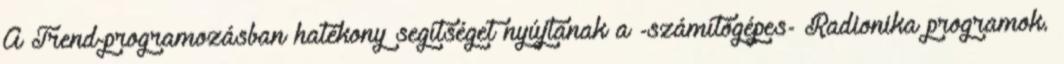
A Trend-programozásban hatékony segítséget nyújtanak a -számítógépes- Radionika programok.